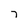
Character: 7